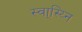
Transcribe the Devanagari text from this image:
स्वा्स्य्नि